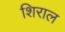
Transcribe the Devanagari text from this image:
शिराल